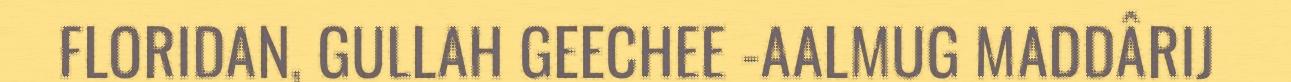
FLORIDAN, GULLAH GEECHEE -AALMUG MADDÂRIJ